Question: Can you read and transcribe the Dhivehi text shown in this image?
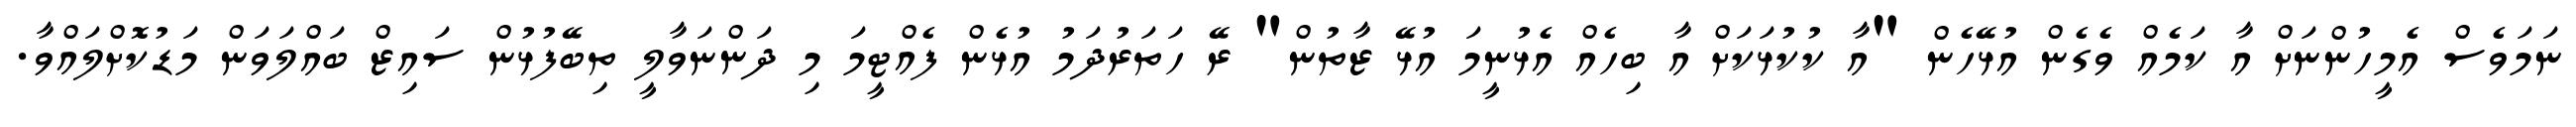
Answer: ނަމަވެސް އެމީހުންނަށް އާ ކަމެއް ވެގެން އުޅޭހެން "އާ ކުކުޅަކަށް އާ ބިހެއް އެޅުނީމަ އުޅޭ ޒާތުން" ރޭ ހަތަރުދަމު އުޅެން ފެއްޓީމަ މި ދަންނަވާލީ ތިބޭފުޅުން ސައިޒް ބައްލަވަން މަޑުކޮށްލައްވާ.